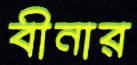
বীনার